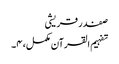
صفدر قریشی
تفہیم القرآن مکمل، ۴۔